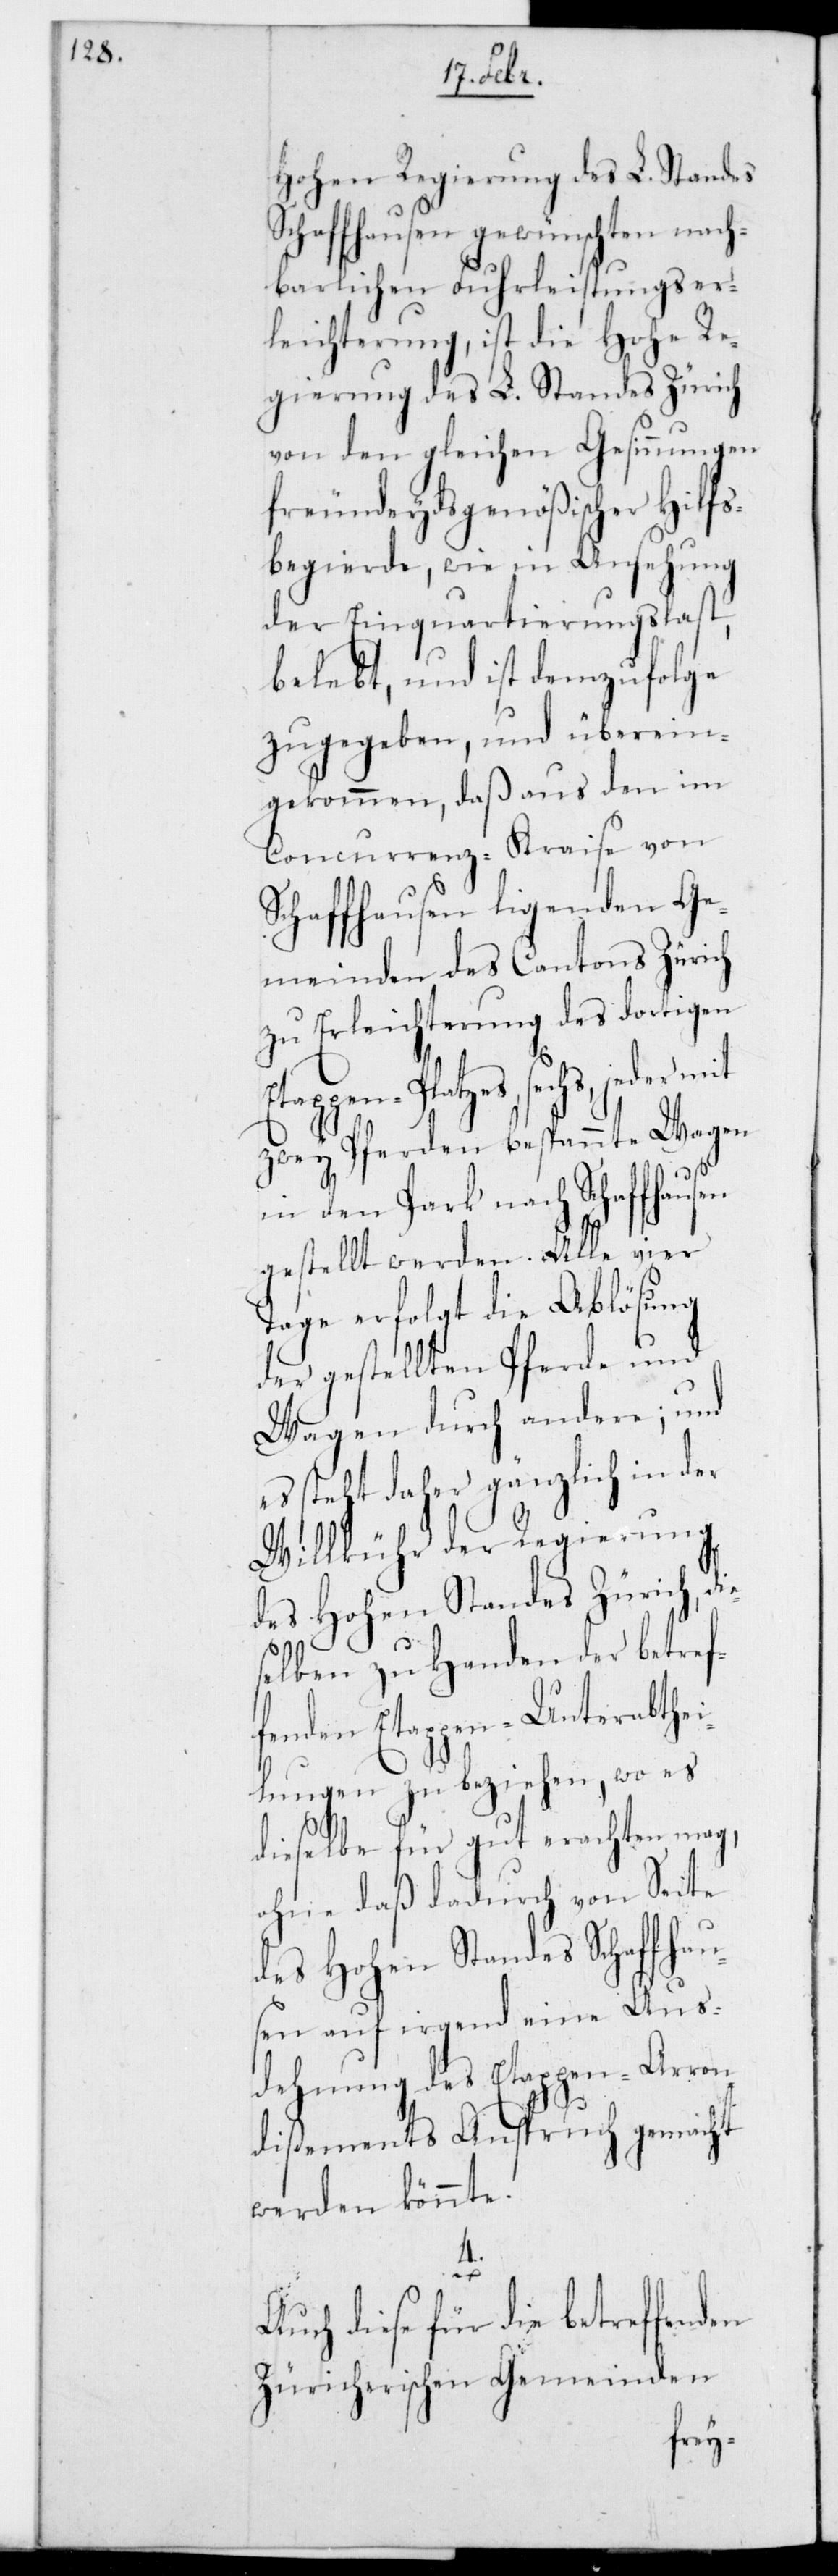
Hohen Regierung des L. Standes
Schaffhausen gewünschten nach¬
barlichen Fuhrleistungs-Er¬
leichterung, ist die Hohe Re¬
gierung des L. Standes Zürich
von den gleichen Gesinnungen
freundeydsgenößischer Hilfs¬
begierde, wie in Ansehung
der Einquartierungslast
belebt, und ist demzufolge
zugegeben und überein¬
gekommen, daß aus den im
Concurrenz-Kraise von
Schaffhausen ligenden Ge¬
meinden des Cantons Zürich
zu Erleichterung des dortigen
tappenplatzes sechs, jeder
zwey Pferden bespannte Wagen
in den Park nach Schaffhausen
gestellt werden. Alle vier
Tage erfolgt die Ablösung
der gestellten Pferde und
Wagen durch andere; und
es steht daher gänzlich in der
Willkühr der Regierung
des Hohen Standes Zürich, d¬
elben zu Handen der betre¬
fenden Etappen-Unterabthei¬
lungen zu beziehen, wo es
dieselbe für gut erachten mag,
ohne daß dadurch von Seite
des Hohen Standes Schaffhau¬
sen auf irgend eine Aus¬
dehnung des Etappen-Arron¬
dißements Anspruch gemacht
werden könnte.
4.
Auch
für diese für die betreffenden
Züricherischen Gemeinden